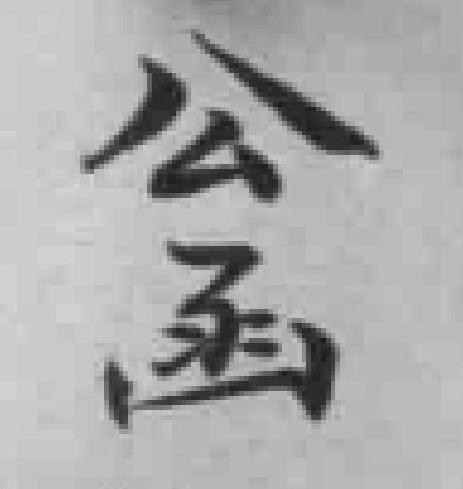
公函